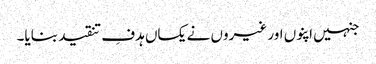
جنہیں اپنوں اور غیروں نے یکساں ہدفِ تنقید بنایا۔